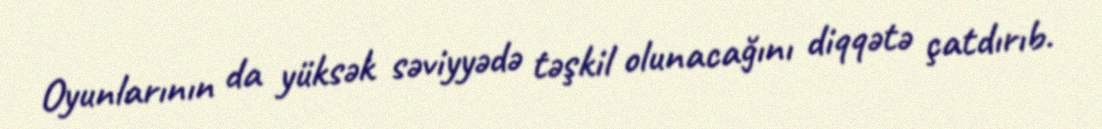
Oyunlarının da yüksək səviyyədə təşkil olunacağını diqqətə çatdırıb.